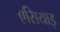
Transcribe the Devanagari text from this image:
एसियाइ